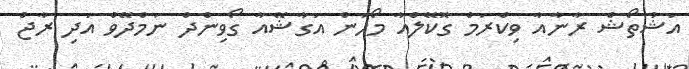
އަޝުތޯޝް ރާނާއާ ވިކްރަމް ގޮކޭލްއާ މޯހަން އަގާޝޭއާ ގޯވިންދް ނަމްދޭވް އަދި ރާޖް